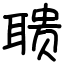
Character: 聩